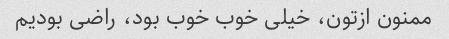
ممنون ازتون، خیلی خوب خوب بود، راضی بودیم